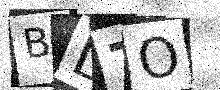
Text: BD7O